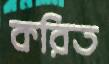
করিত